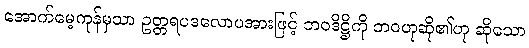
အောက်မေ့ကုန်မှသာ ဥတ္တရပဒလောပအားဖြင့် ဘဝဒိဋ္ဌိကို ဘဝဟုဆို၏ဟု ဆိုသော